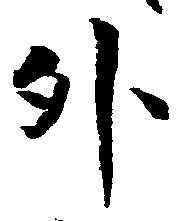
外